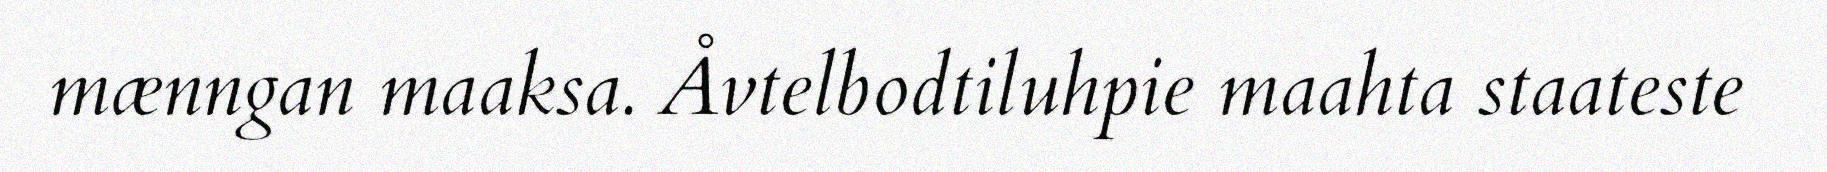
mænngan maaksa. Åvtelbodtiluhpie maahta staateste